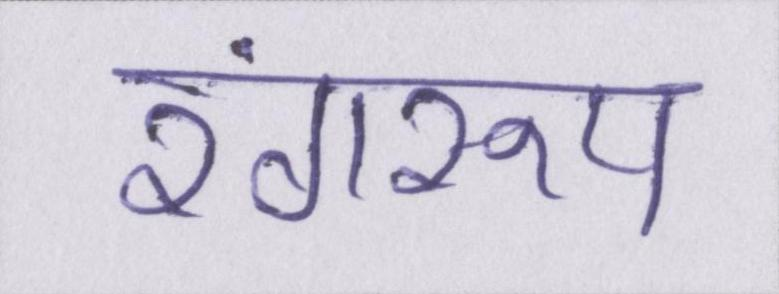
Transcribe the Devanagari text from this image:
रंगरूप